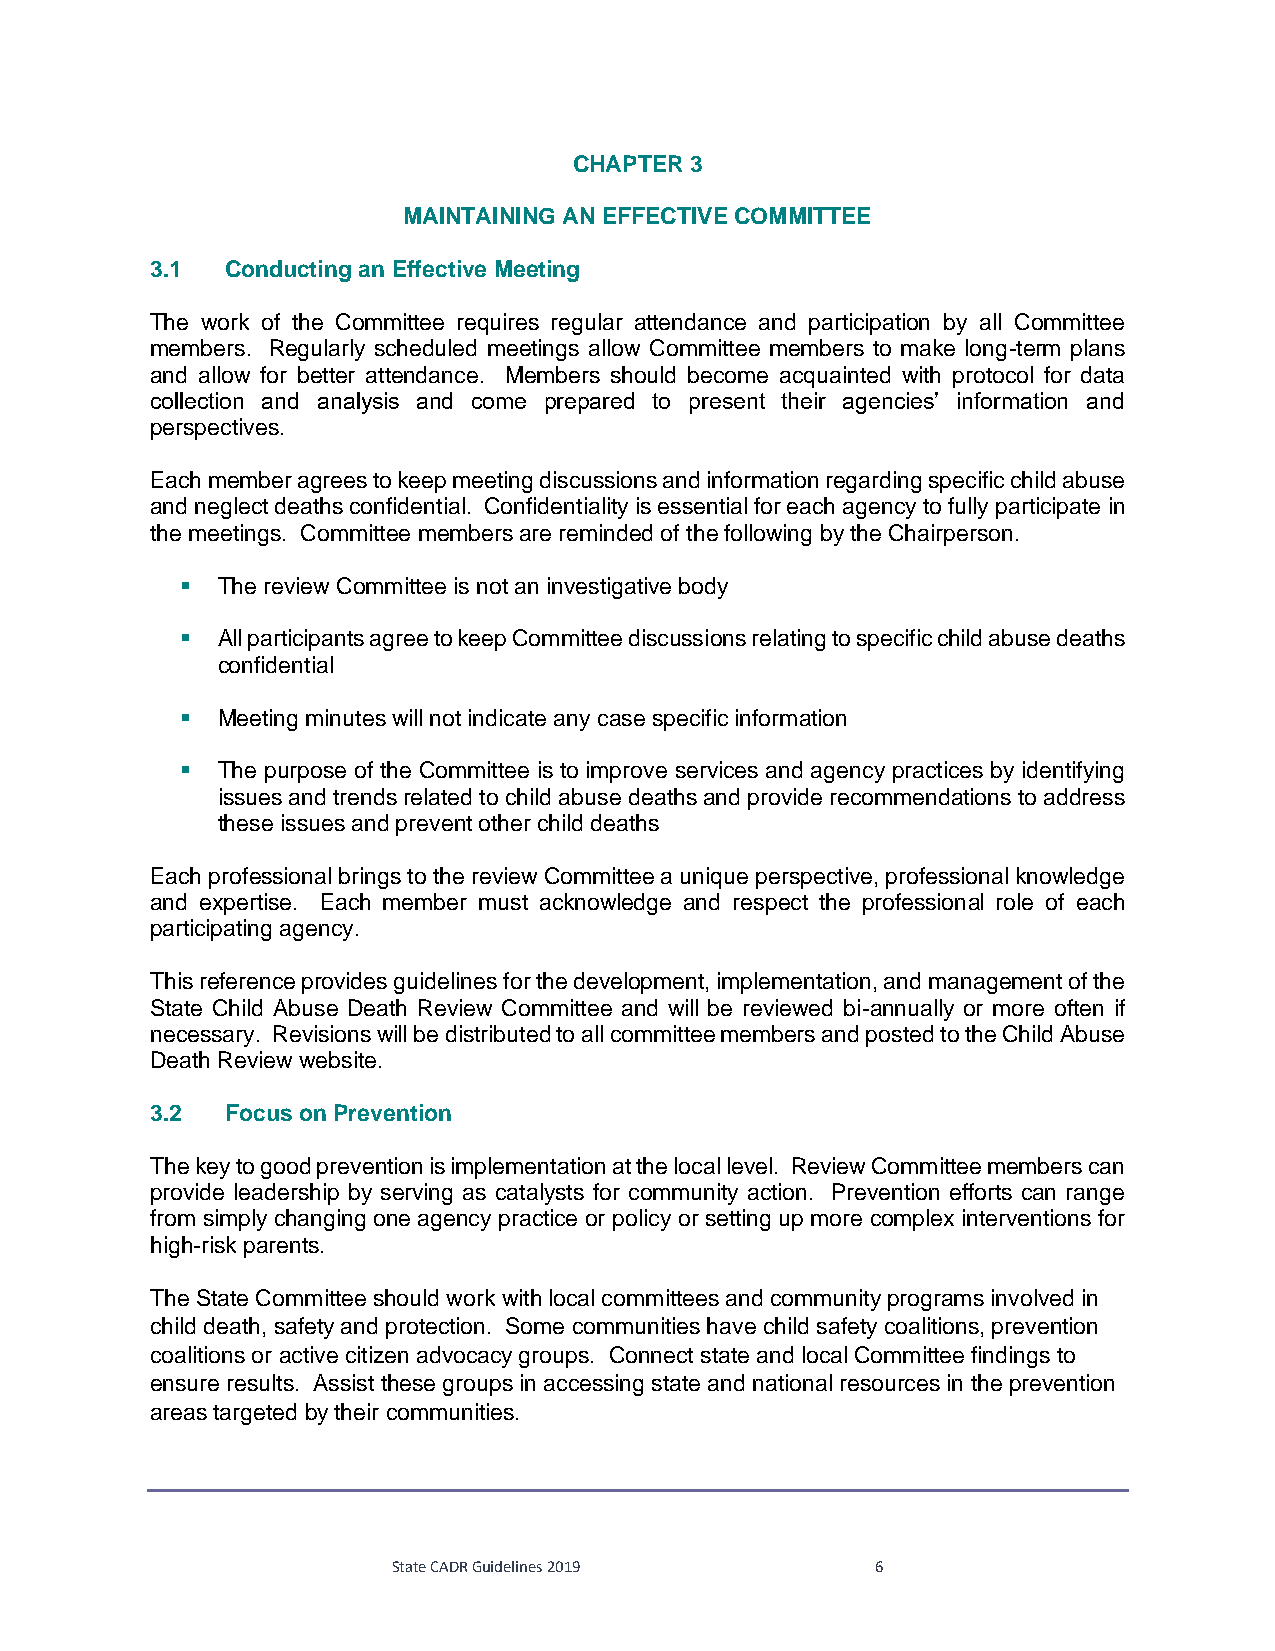
CHAPTER 3
 MAINTAINING AN EFFECTIVE COMMITTEE
 3.1  Conducting an Effective Meeting
 The work of the Committee requires regular attendance and participation by all Committee
 members. Regularly scheduled meetings allow Committee members to make long-term plans
 and allow for better attendance. Members should become acquainted with protocol for data
 collection and analysis and come prepared to present their agencies’ information and
 perspectives.
 Each member agrees to keep meeting discussions and information regarding specific child abuse
 and neglect deaths confidential. Confidentiality is essential for each agency to fully participate in
 the meetings. Committee members are reminded of the following by the Chairperson.
 ▪ The review Committee is not an investigative body
 ▪ All participants agree to keep Committee discussions relating to specific child abuse deaths
 confidential
 ▪ Meeting minutes will not indicate any case specific information
 ▪ The purpose of the Committee is to improve services and agency practices by identifying
 issues and trends related to child abuse deaths and provide recommendations to address
 these issues and prevent other child deaths
 Each professional brings to the review Committee a unique perspective, professional knowledge
 and expertise. Each member must acknowledge and respect the professional role of each
 participating agency.
 This reference provides guidelines for the development, implementation, and management of the
 State Child Abuse Death Review Committee and will be reviewed bi-annually or more often if
 necessary. Revisions will be distributed to all committee members and posted to the Child Abuse
 Death Review website.
 3.2  Focus on Prevention
 The key to good prevention is implementation at the local level. Review Committee members can
 provide leadership by serving as catalysts for community action. Prevention efforts can range
 from simply changing one agency practice or policy or setting up more complex interventions for
 high-risk parents.
 The State Committee should work with local committees and community programs involved in
 child death, safety and protection. Some communities have child safety coalitions, prevention
 coalitions or active citizen advocacy groups. Connect state and local Committee findings to
 ensure results. Assist these groups in accessing state and national resources in the prevention
 areas targeted by their communities.
 State CADR Guidelines 2019      6